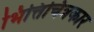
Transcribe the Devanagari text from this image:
भित्तिचित्रकार